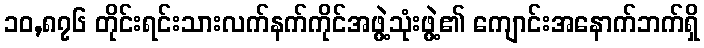
၁၀,၈၇၆ တိုင်းရင်းသားလက်နက်ကိုင်အဖွဲ့သုံးဖွဲ့၏ ကျောင်းအနောက်ဘက်ရှိ